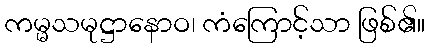
ကမ္မသမုဋ္ဌာနောဝ၊ ကံကြောင့်သာ ဖြစ်၏။